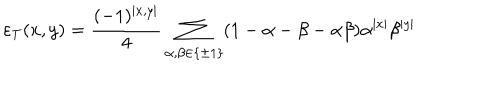
LaTeX: \varepsilon _ { T } ( x , y ) = \frac { ( - 1 ) ^ { \left| x , y \right| } } { 4 } \sum _ { \alpha , \beta \in \left\{ \pm 1 \right\} } ( 1 - \alpha - \beta - \alpha \beta ) \alpha ^ { \left| x \right| } \beta ^ { \left| y \right| }